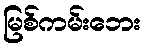
မြစ်ကမ်းဘေး